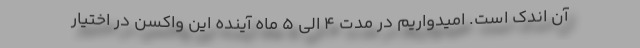
آن اندک است. امیدواریم در مدت ۴ الی ۵ ماه آینده این واکسن در اختیار